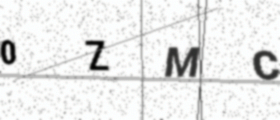
Text: 0ZMC